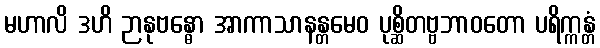
မဟာလိ ဒဟိ ဉာနုဗန္ဓော အာကာသာနန္တမေဝ ပုစ္ဆိတဗ္ဗဘာဝတော ပရိက္ကန္တံ